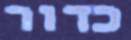
כדור